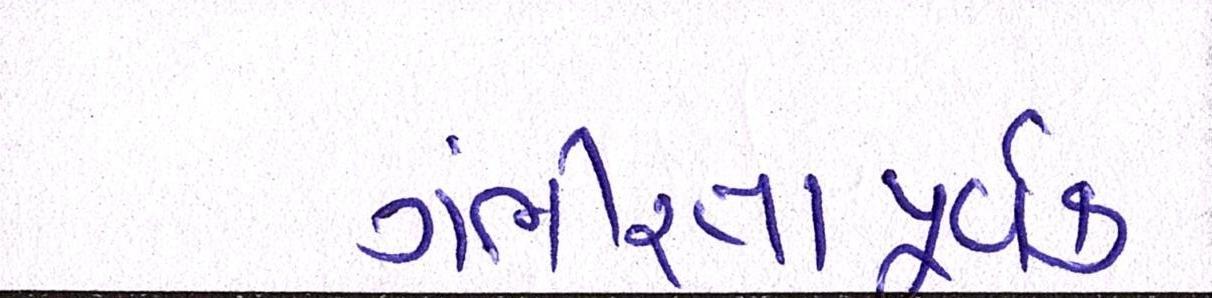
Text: ગંભીરતાપૂર્વક